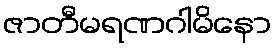
ဇာတီမရဏဂါမိနော